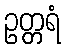
ဥတ္တရံ